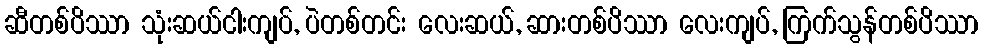
ဆီတစ်ပိဿာ သုံးဆယ်ငါးကျပ်, ပဲတစ်တင်း လေးဆယ်, ဆားတစ်ပိဿာ လေးကျပ်, ကြက်သွန်တစ်ပိဿာ